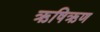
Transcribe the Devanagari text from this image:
ऋषिऋण